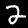
Digit: 2